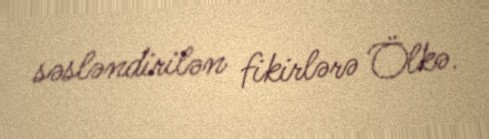
səsləndirilən fikirlərə Ölkə.